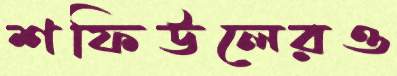
শফিউলেরও